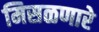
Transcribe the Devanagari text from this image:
मिसळणारे